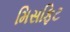
મિસફિટ